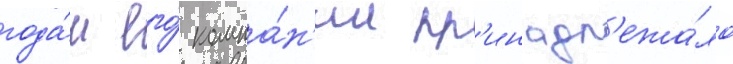
года́м его́ компа́н'ии пр'инадл'ежа́ло